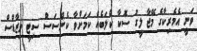
ވަނީ އެމެރިކާގެ މޭޖާ ލީގު ސޮކާ ކްލަބެއް ކަމަށްވާ ކެންސަސް ސިޓީ ވިޒާޑްސް